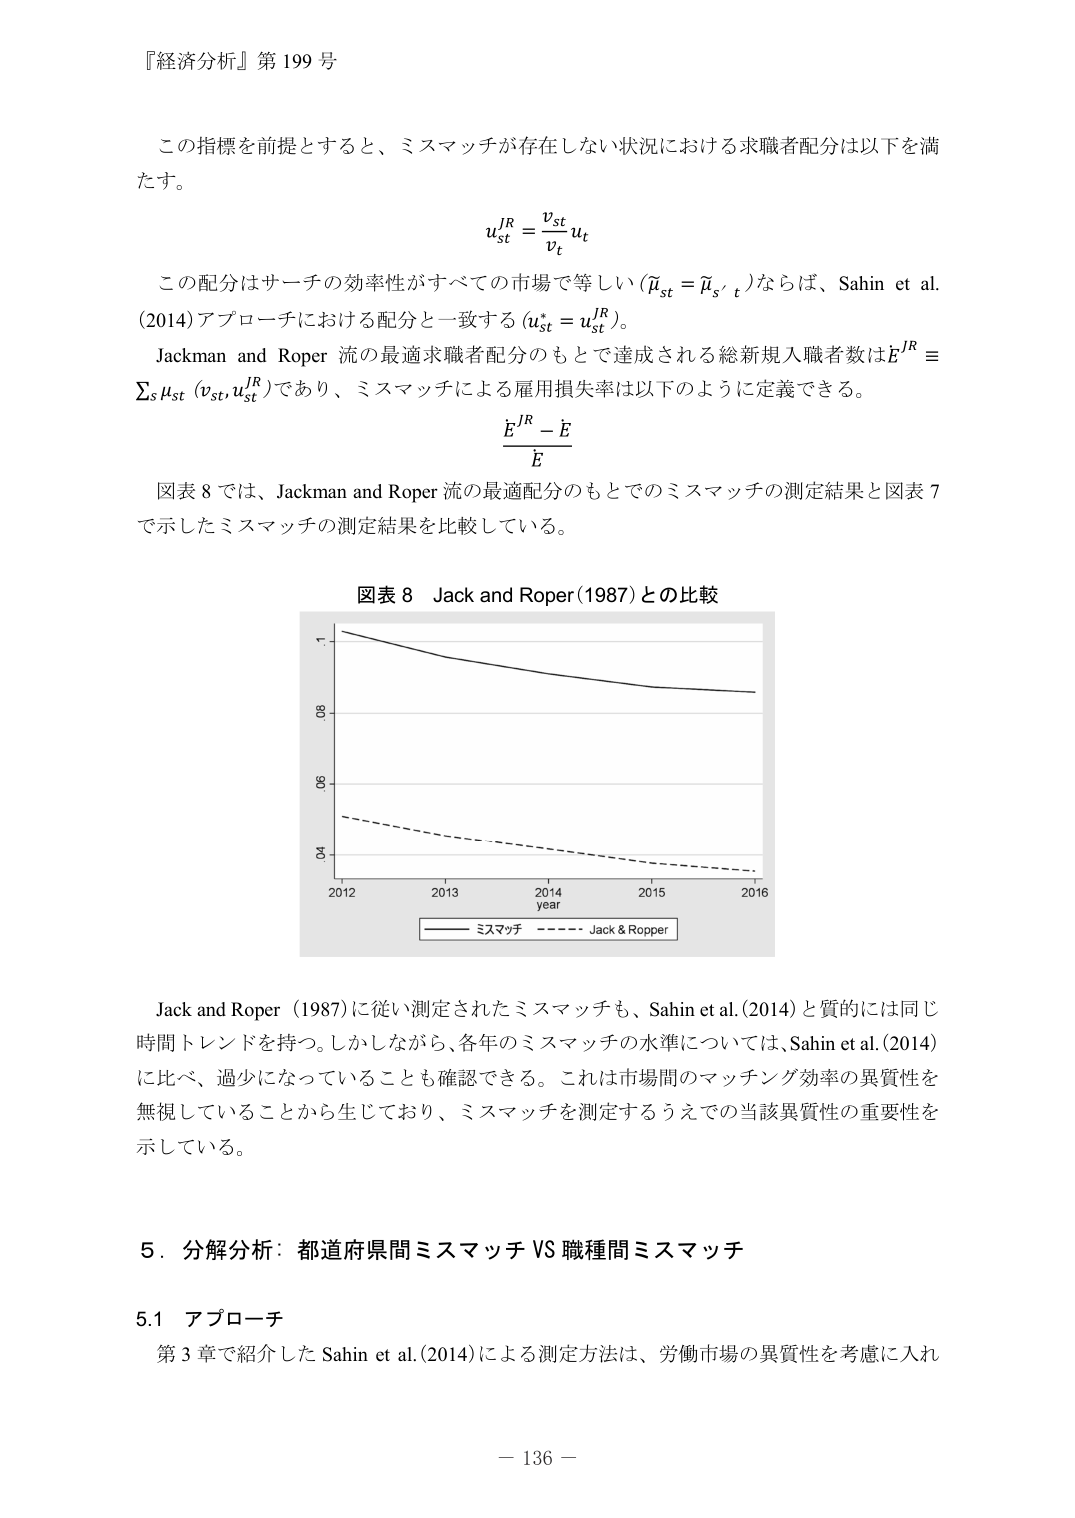
『経済分析』第199号

この指標を前提とすると、ミスマッチが存在しない状況における求職者配分は以下を満たす。

u_{st}^{JR} = \frac{v_{st}}{v_t} u_t

この配分はサーチの効率性がすべての市場で等しい（\bar{\mu}_{st} = \bar{\mu}_{s',t}）ならば、Sahin et al. (2014) アプローチにおける配分と一致する（u_{st}^* = u_{st}^{JR}）。

Jackman and Roper 流の最適求職者配分のもとで達成される総新規入職者数は E^{JR} = \sum_s \mu_{st} (v_{st} u_{st}^{JR}) であり、ミスマッチによる雇用損失率は以下のように定義できる。

\frac{E^{JR} - \bar{E}}{\bar{E}}

図表8では、Jackman and Roper 流の最適配分のもとでのミスマッチの測定結果と図表7で示したミスマッチの測定結果を比較している。

図表8 Jack and Roper(1987)との比較

[グラフの軸ラベル]
- 縦軸：.7,.8,.9, 1.0
- 横軸：2012, 2013, 2014, 2015, 2016
- 横軸下部：year
- 凡例：実線 — ミスマッチ、破線 — Jack & Ropper

Jack and Roper (1987)に従い測定されたミスマッチも、Sahin et al. (2014)と質的には同じ時間トレンドを持つ。しかしながら、各年のミスマッチの水準については、Sahin et al. (2014)に比べ、過少になっていることも確認できる。これは市場間のマッチング効率の異質性を無視していることから生じており、ミスマッチを測定するうえでの当該異質性の重要性を示している。

5．分解分析：都道府県間ミスマッチ VS 職種間ミスマッチ

5.1 アプローチ

第3章で紹介したSahin et al. (2014)による測定方法は、労働市場の異質性を考慮に入れ

－ 136 －